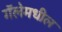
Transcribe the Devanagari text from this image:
गॅलेमधील